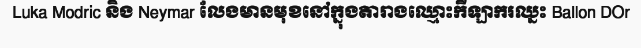
Luka Modric និង Neymar លែងមានមុខនៅក្នុងតារាងឈ្មោះកីឡាករឈ្នះ Ballon DOr